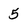
Character: 5